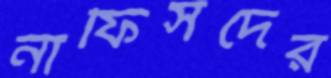
নাফিসদের